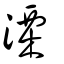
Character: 溧